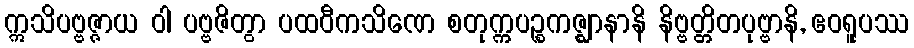
ဣသိပဗ္ဗဇ္ဇာယ ဝါ ပဗ္ဗဇိတွာ ပထဝီကသိဏေ စတုက္ကပဉ္စကဇ္ဈာနာနိ နိဗ္ဗတ္တိတပုဗ္ဗာနိ, ဧဝရူပဿ